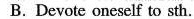
B. Devote oneself to sth.